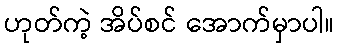
ဟုတ်ကဲ့ အိပ်စင် အောက်မှာပါ။